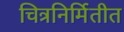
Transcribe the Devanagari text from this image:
चित्रनिर्मितीत